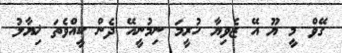
ގޭވް މީ ޔޫ އޭ ޒެވިޔާ ހުރީމަ ނިމުނީއޭ ދެން ކީއްވެތަ ޚިޔާލު